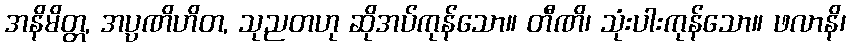
အနိမိတ္တ, အပ္ပဏိဟိတ, သုညတဟု ဆိုအပ်ကုန်သော။ တီဏိ၊ သုံးပါးကုန်သော။ ဖလာနိ၊